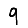
Digit: 9